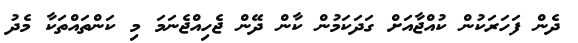
ދެން ފަހަރަކުން ކުއްޖާއަށް ގަދަކަމުން ކާން ދޭން ޖެހިއްޖެނަމަ މި ކަންތައްތަކާ މެދު